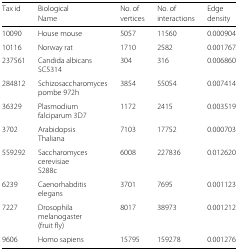
| Tax id | Biological | No. of | No. of | Edge |
 |  | Name | vertices | interactions | density |
 | --- | --- | --- | --- | --- |
 | 10090 | House mouse | 5057 | 11560 | 0.000904 |
 | 10116 | Norway rat | 1710 | 2582 | 0.001767 |
 | 237561 | Candida albicans SC5314 | 304 | 316 | 0.006860 |
 | 284812 | Schizosaccharomyces pombe 972h | 3854 | 55054 | 0.007414 |
 | 36329 | Plasmodium falciparum 3D7 | 1172 | 2415 | 0.003519 |
 | 3702 | Arabidopsis Thaliana | 7103 | 17752 | 0.000703 |
 | 559292 | Saccharomyces cerevisiae S288c | 6008 | 227836 | 0.012620 |
 | 6239 | Caenorhabditis elegans | 3701 | 7695 | 0.001123 |
 | 7227 | Drosophila melanogaster (fruit fly) | 8017 | 38973 | 0.001212 |
 | 9606 | Homo sapiens | 15795 | 159278 | 0.001276 |